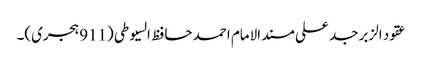
عقود الزبر جد علی مسند الامام احمد حافظ السیوطی (911 ہجری)۔